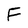
Character: F